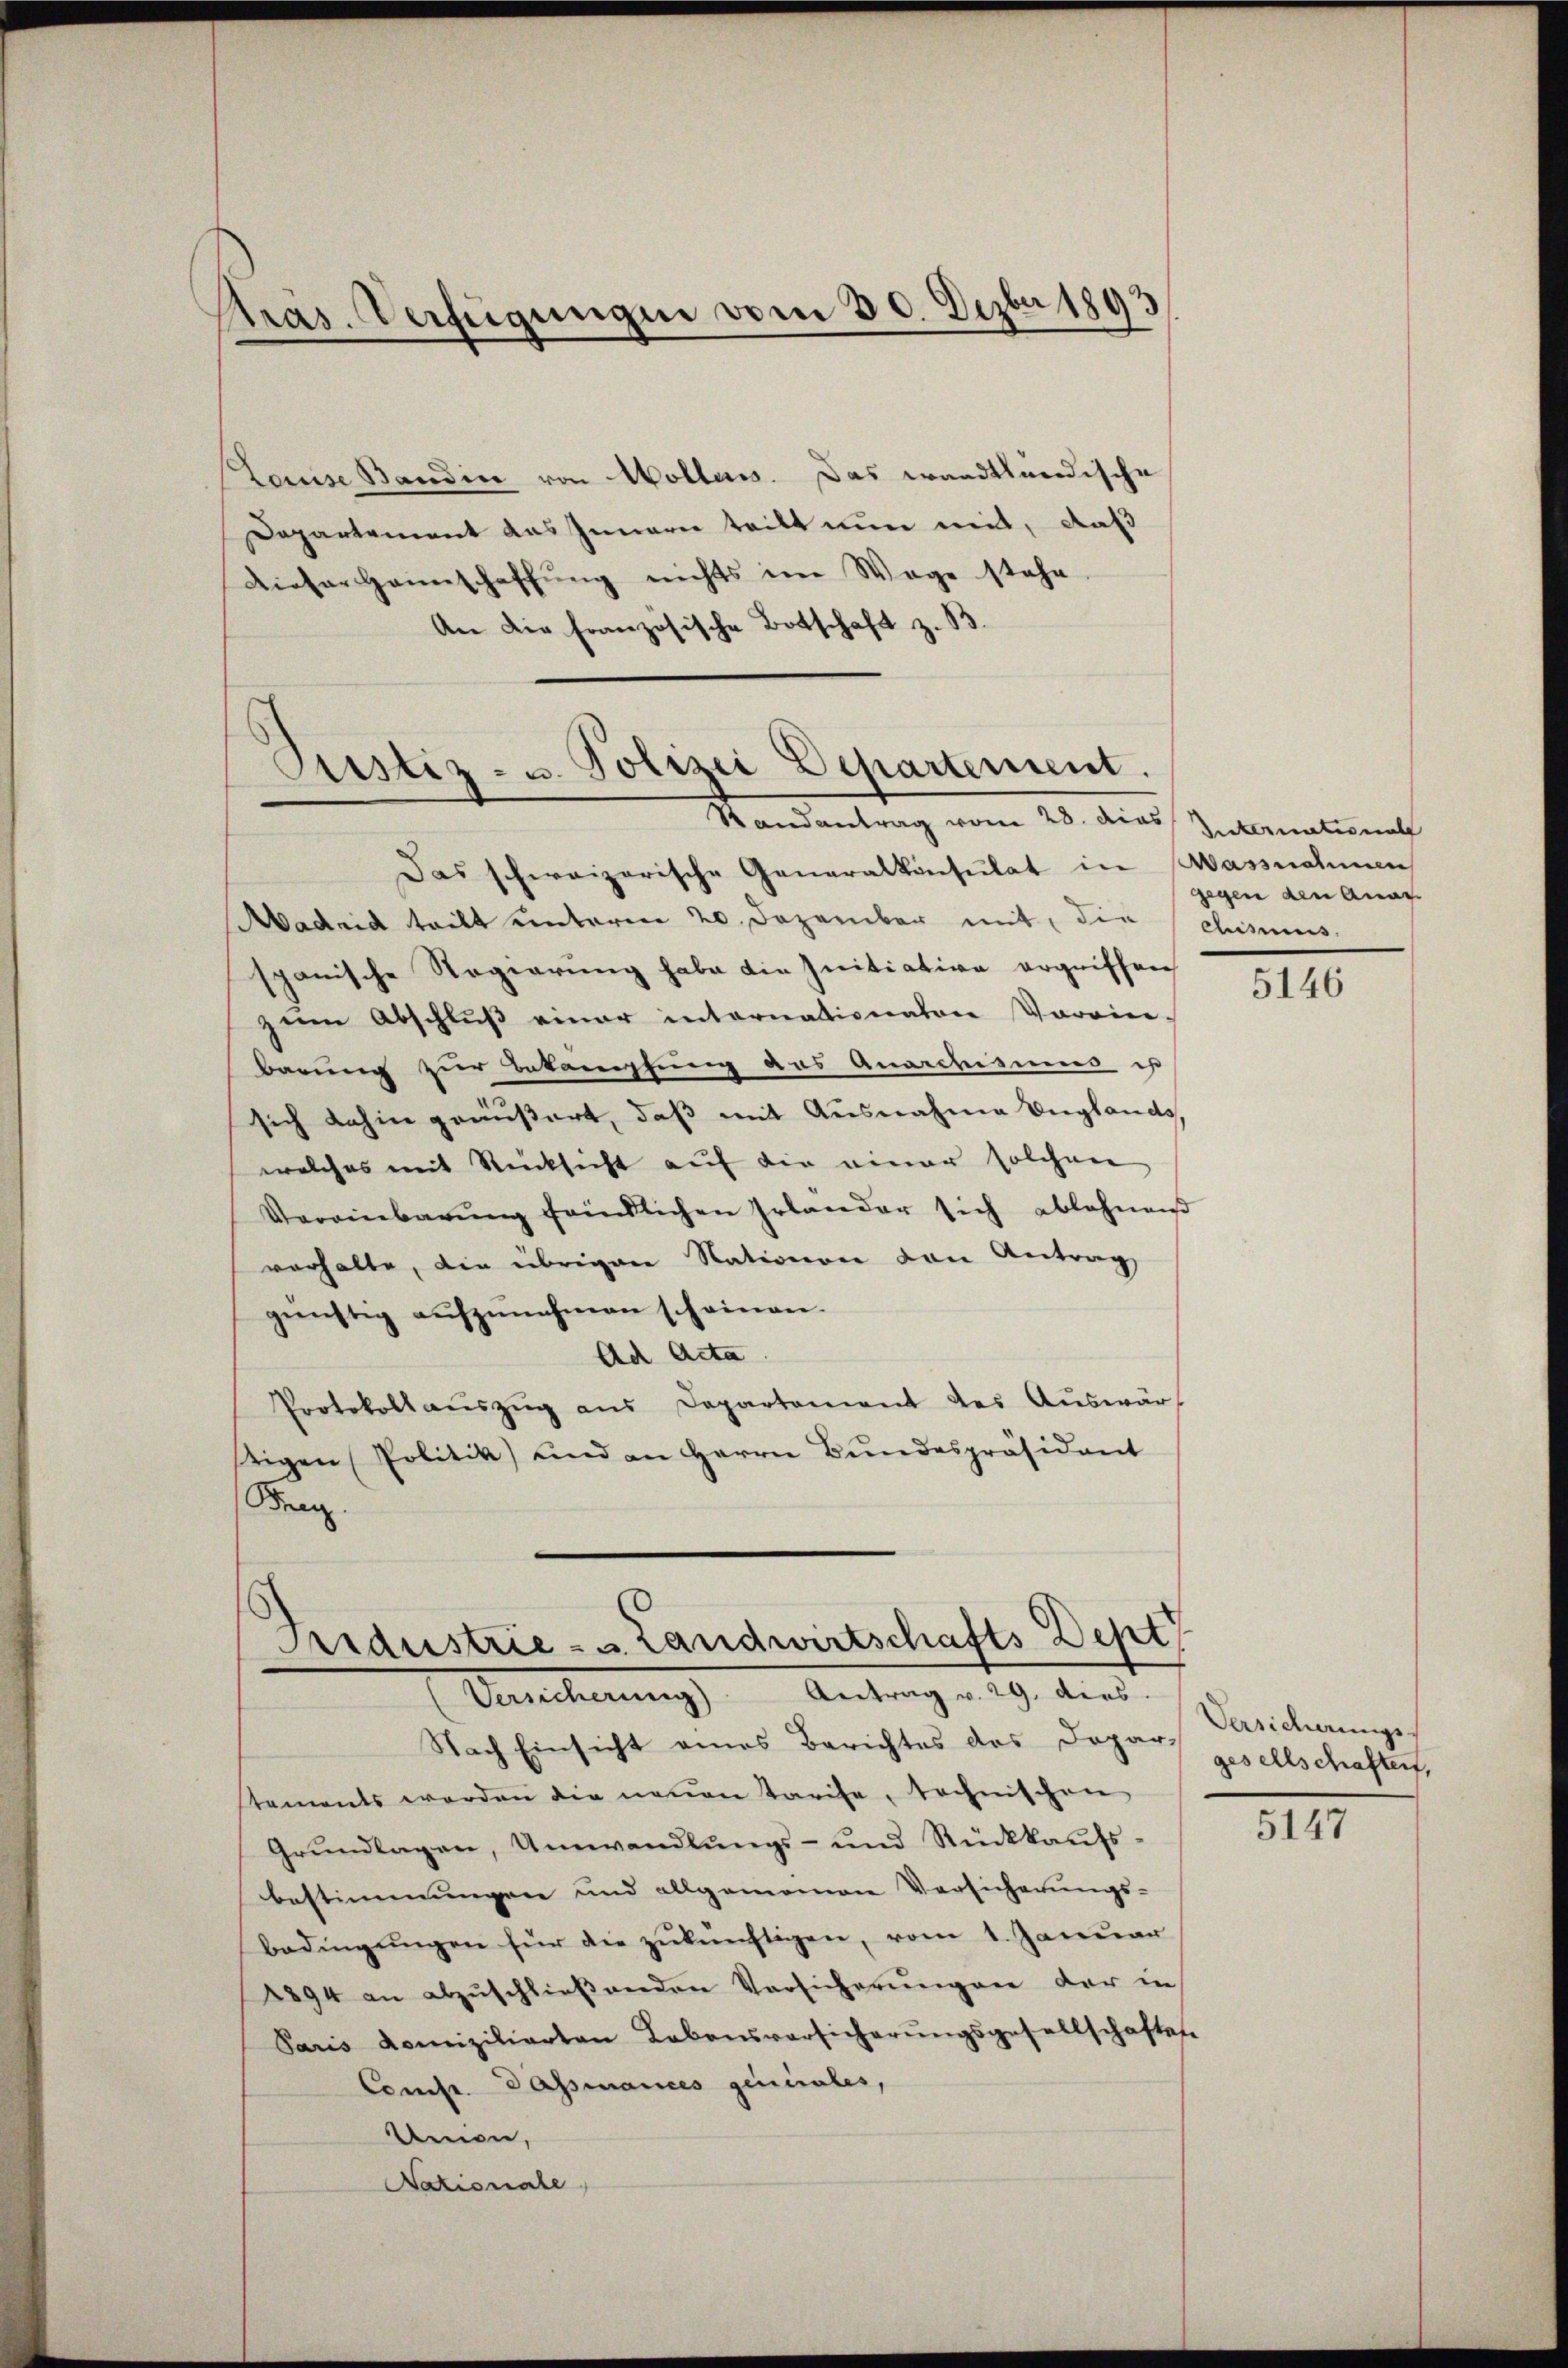
Pras. Verfügungen vom 30. Dezbr 1893

Louise Bandin von Wollen. Das waadtländische
Departement das Innerer teilt nun mit, daß
Dieser Heimschaffŭng nichts im Wege stehe.
An die französische Botschaft z. B.

Pustiz- u. Polizei Departement.
Randantrag vom 28. dies International

Das schweizerische Generalkonsulat in Massnahmen
Aadrid tritt unterm 20. Dezember mit, die chismus.
spanische Regierung habe die Initiative ergriffen
zum Abschluß einer internationaten Vorrin-
barung zur Bekämpfung das Anarchismus ist
sich dahin geäußert, daß mit Ausnahme Englands
welches mit Rücksicht auf die einer solchen
Vereinbarŭng feindlichen Irlander sich ablehnend
verhalte, die übrigen Nationen von Antrag
günstig aŭfzŭnehmen scheinen.
Ad Acta
Protokoll aŭszŭg ans Departement des Aŭswärt
tigen Politik und an Herrn Bundespräsident
Fra

Pridustrie- u. Landwirtschafts Dept
(Versicherŭng Antrag v. 29. dies.

gegen den Anar

Nach Einsicht eines Berichtes des Dopars gesellschaftet,
tements werden die neuen Tarife, technischen
Grŭndlagen, Umwandlŭngs- und Rückkaŭfs-
bestimmungen und allgemomen Versicherungs-
bedingŭngen für die zŭkünftigen, vom 1. Januar
2894 an abzŭschlieβenden Vorsicherŭngen der in
Paris Komiziliarten Lebensversicherŭngsgesellschaften
Comp. Passiances generales,
Union,
Nationale

5146

Versicherungs-

5147